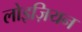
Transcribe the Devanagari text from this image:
लोइज़ियन